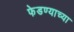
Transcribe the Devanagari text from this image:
फेडण्याच्या